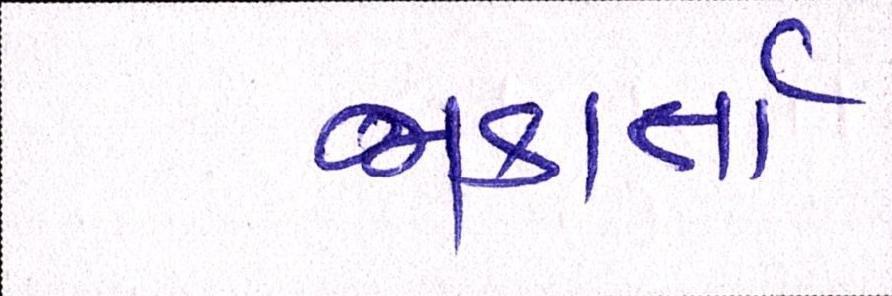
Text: જાકાર્તા